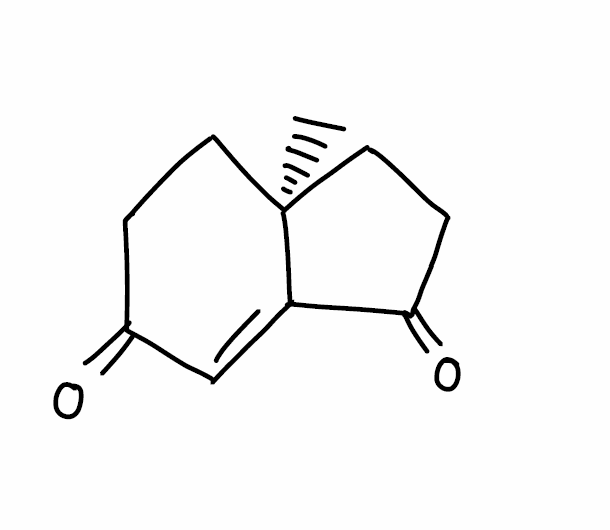
Simplified molecular-input line-entry system (SMILES) notation of the given molecule:
C[C@@]12CCC(=O)C=C1C(=O)CC2